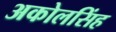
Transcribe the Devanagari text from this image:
अकोलसिंह